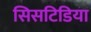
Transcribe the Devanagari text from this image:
सिसटिडिया